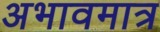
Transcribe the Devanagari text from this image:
अभावमात्र